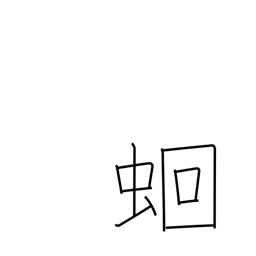
Meaning: intestinal worms